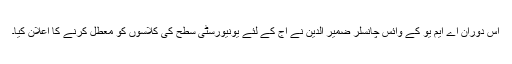
اس دوران اے ایم یو کے وائس چانسلر ضمیر الدین نے آج کے لئے یونیورسٹی سطح کی کلاسوں کو معطل کرنے کا اعلان کیا۔